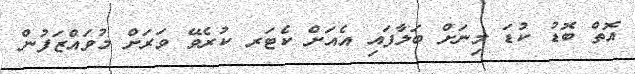
އޮތް ބޮޑު ކުޑަ މިނަށް ބަލާފައި އެއަށް ކެޓަރ ކުރެވޭ ވަރަށް މުވައްޒަފުން